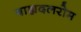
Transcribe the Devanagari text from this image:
बाह्यदलरोम